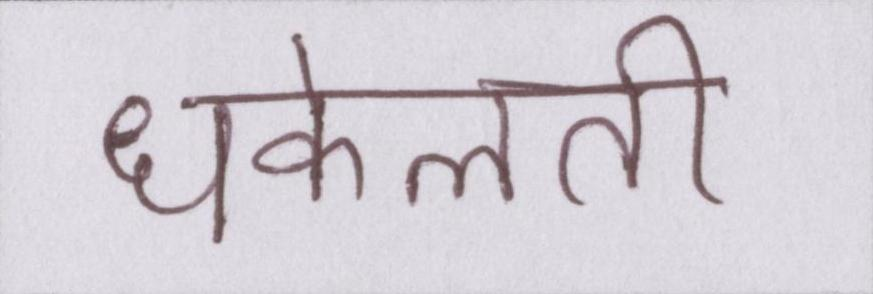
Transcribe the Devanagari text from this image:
धकेलती